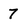
Character: 7